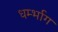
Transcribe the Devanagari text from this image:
धर्म्भाग